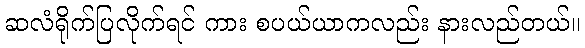
ဆလံရိုက်ပြလိုက်ရင် ကား စပယ်ယာကလည်း နားလည်တယ်။